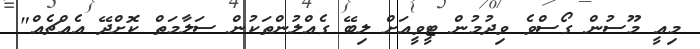
މިއީ މޫސުން ގޯސްވެ ވިދުމުން ޓީވީއަށް ލިބޭ ގެއްލުންތަކުން ސަލާމަތް ކޮށްދޭ އެއްޗެއް"